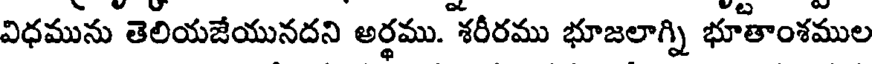
విధమును తెలియజేయునదని అర్ధము. శరీరము భూజలాగ్ని భూతాంశముల